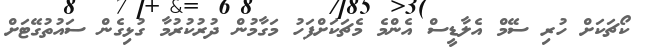
ކޯޗަކަށް ހުރި ސޭމް އެލާޑީސް އެންމެ މެޗަކަށްފަހު މަގާމުން ދުރުކުރުމާ ގުޅިގެން ސައުތުގޭޓަށް